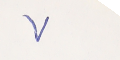
٧